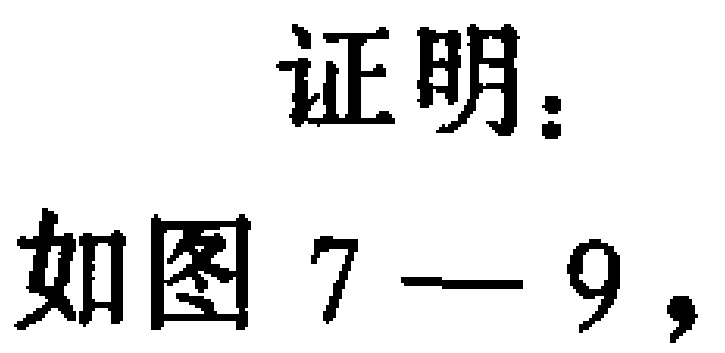
证明：

如图7—9，